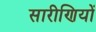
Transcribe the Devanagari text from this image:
सारीणियों